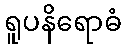
ရူပနိရောဓံ